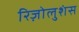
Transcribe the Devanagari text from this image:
रिज़ोलुशंस